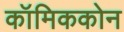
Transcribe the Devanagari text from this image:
कॉमिककोन